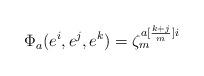
LaTeX: \begin{align*}\Phi_{a}(e^i,e^j,e^k)=\zeta_m^{a[\frac{k+j}{m}]i}\end{align*}